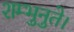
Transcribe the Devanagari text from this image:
शम्भुनुते।